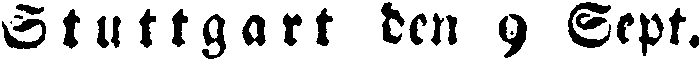
Stuttgart den 9 Sept.